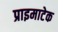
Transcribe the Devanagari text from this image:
प्राइमाटेक